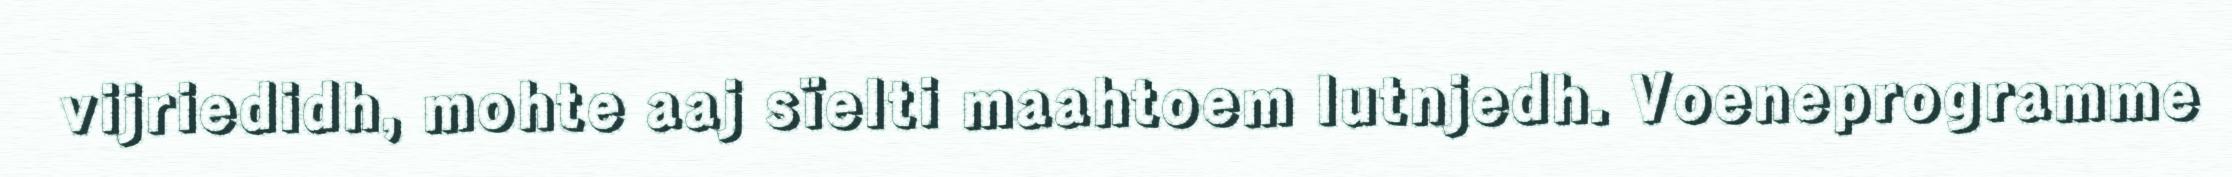
vijriedidh, mohte aaj sïelti maahtoem lutnjedh. Voeneprogramme